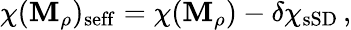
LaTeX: \chi(\mathbf{M}_{\rho})_{\mathrm{{seff}}}=\chi(\mathbf{M}_{\rho})-\delta\chi_{\mathrm{{sSD}}}\, ,